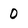
Character: 0